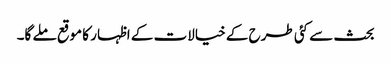
بحث سے کئی طرح کے خیالات کے اظہار کا موقع ملے گا۔